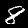
Label: 8